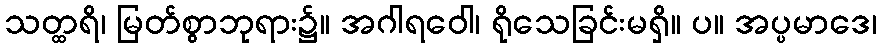
သတ္ထရိ၊ မြတ်စွာဘုရား၌။ အဂါရဝေါ၊ ရိုသေခြင်းမရှိ။ ပ။ အပ္ပမာဒေ၊